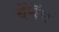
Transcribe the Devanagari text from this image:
बेंथॅम